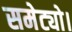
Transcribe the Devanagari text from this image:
समेट्यो।